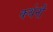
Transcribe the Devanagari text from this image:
कथेनी